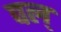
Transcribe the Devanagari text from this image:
पल्